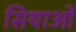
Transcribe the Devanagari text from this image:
सियाओ